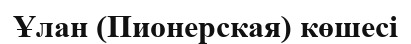
Ұлан (Пионерская) көшесі